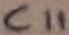
Text: C11